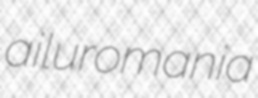
ailuromania